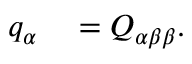
\begin{array} { r l } { q _ { \alpha } } & { { } = Q _ { \alpha \beta \beta } . } \end{array}